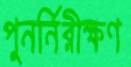
পুনর্নিরীক্ষণ